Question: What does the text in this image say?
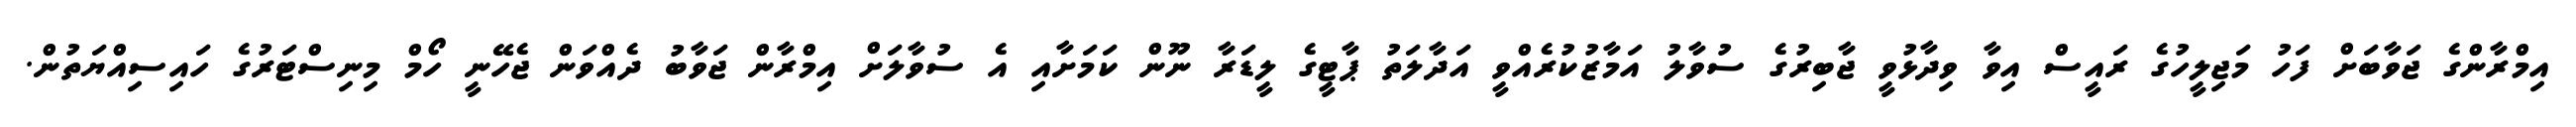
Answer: އިމްރާންގެ ޖަވާބަށް ފަހު މަޖިލީހުގެ ރައީސް އިވާ ވިދާޅުވީ ޖާބިރުގެ ސުވާލު އަމާޒުކުރެއްވީ އަދާލަތު ޕާޓީގެ ލީޑަރާ ނޫން ކަމަށާއި އެ ސުވާލަށް އިމްރާން ޖަވާބު ދެއްވަން ޖެހޭނީ ހޯމް މިނިސްޓަރުގެ ހައިސިއްޔަތުން.